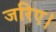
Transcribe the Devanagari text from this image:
जरिए।